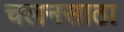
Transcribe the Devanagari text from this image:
चलनसाठा